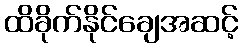
ထိခိုက်နိုင်ချေအဆင့်